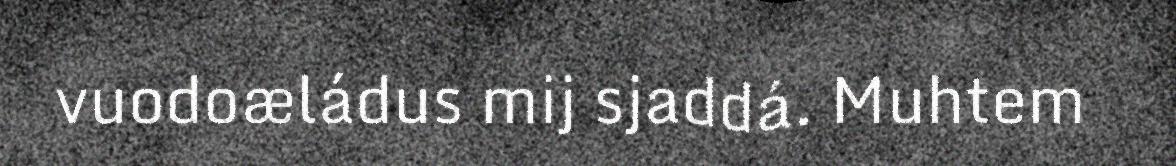
vuodoæládus mij sjaddá. Muhtem